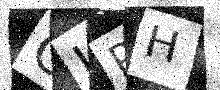
Text: OJRH